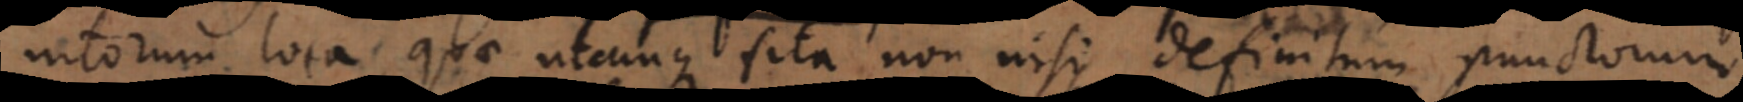
torum loca, quae utcunque sita non nisi definitum punctorum